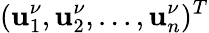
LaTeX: (\mathbf{u}_{1}^{\nu},\mathbf{u}_{2}^{\nu},...,\mathbf{u}_{n}^{\nu})^{T}